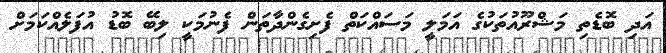
އަދި ބޮޑެތި މަޝްރޫއުތަކުގެ އަމަލީ މަސައްކަތް ފެށިގެންދާތަން ފެނުމަކީ ލިބޭ ބޮޑު އުފަލެއްކަމަށް